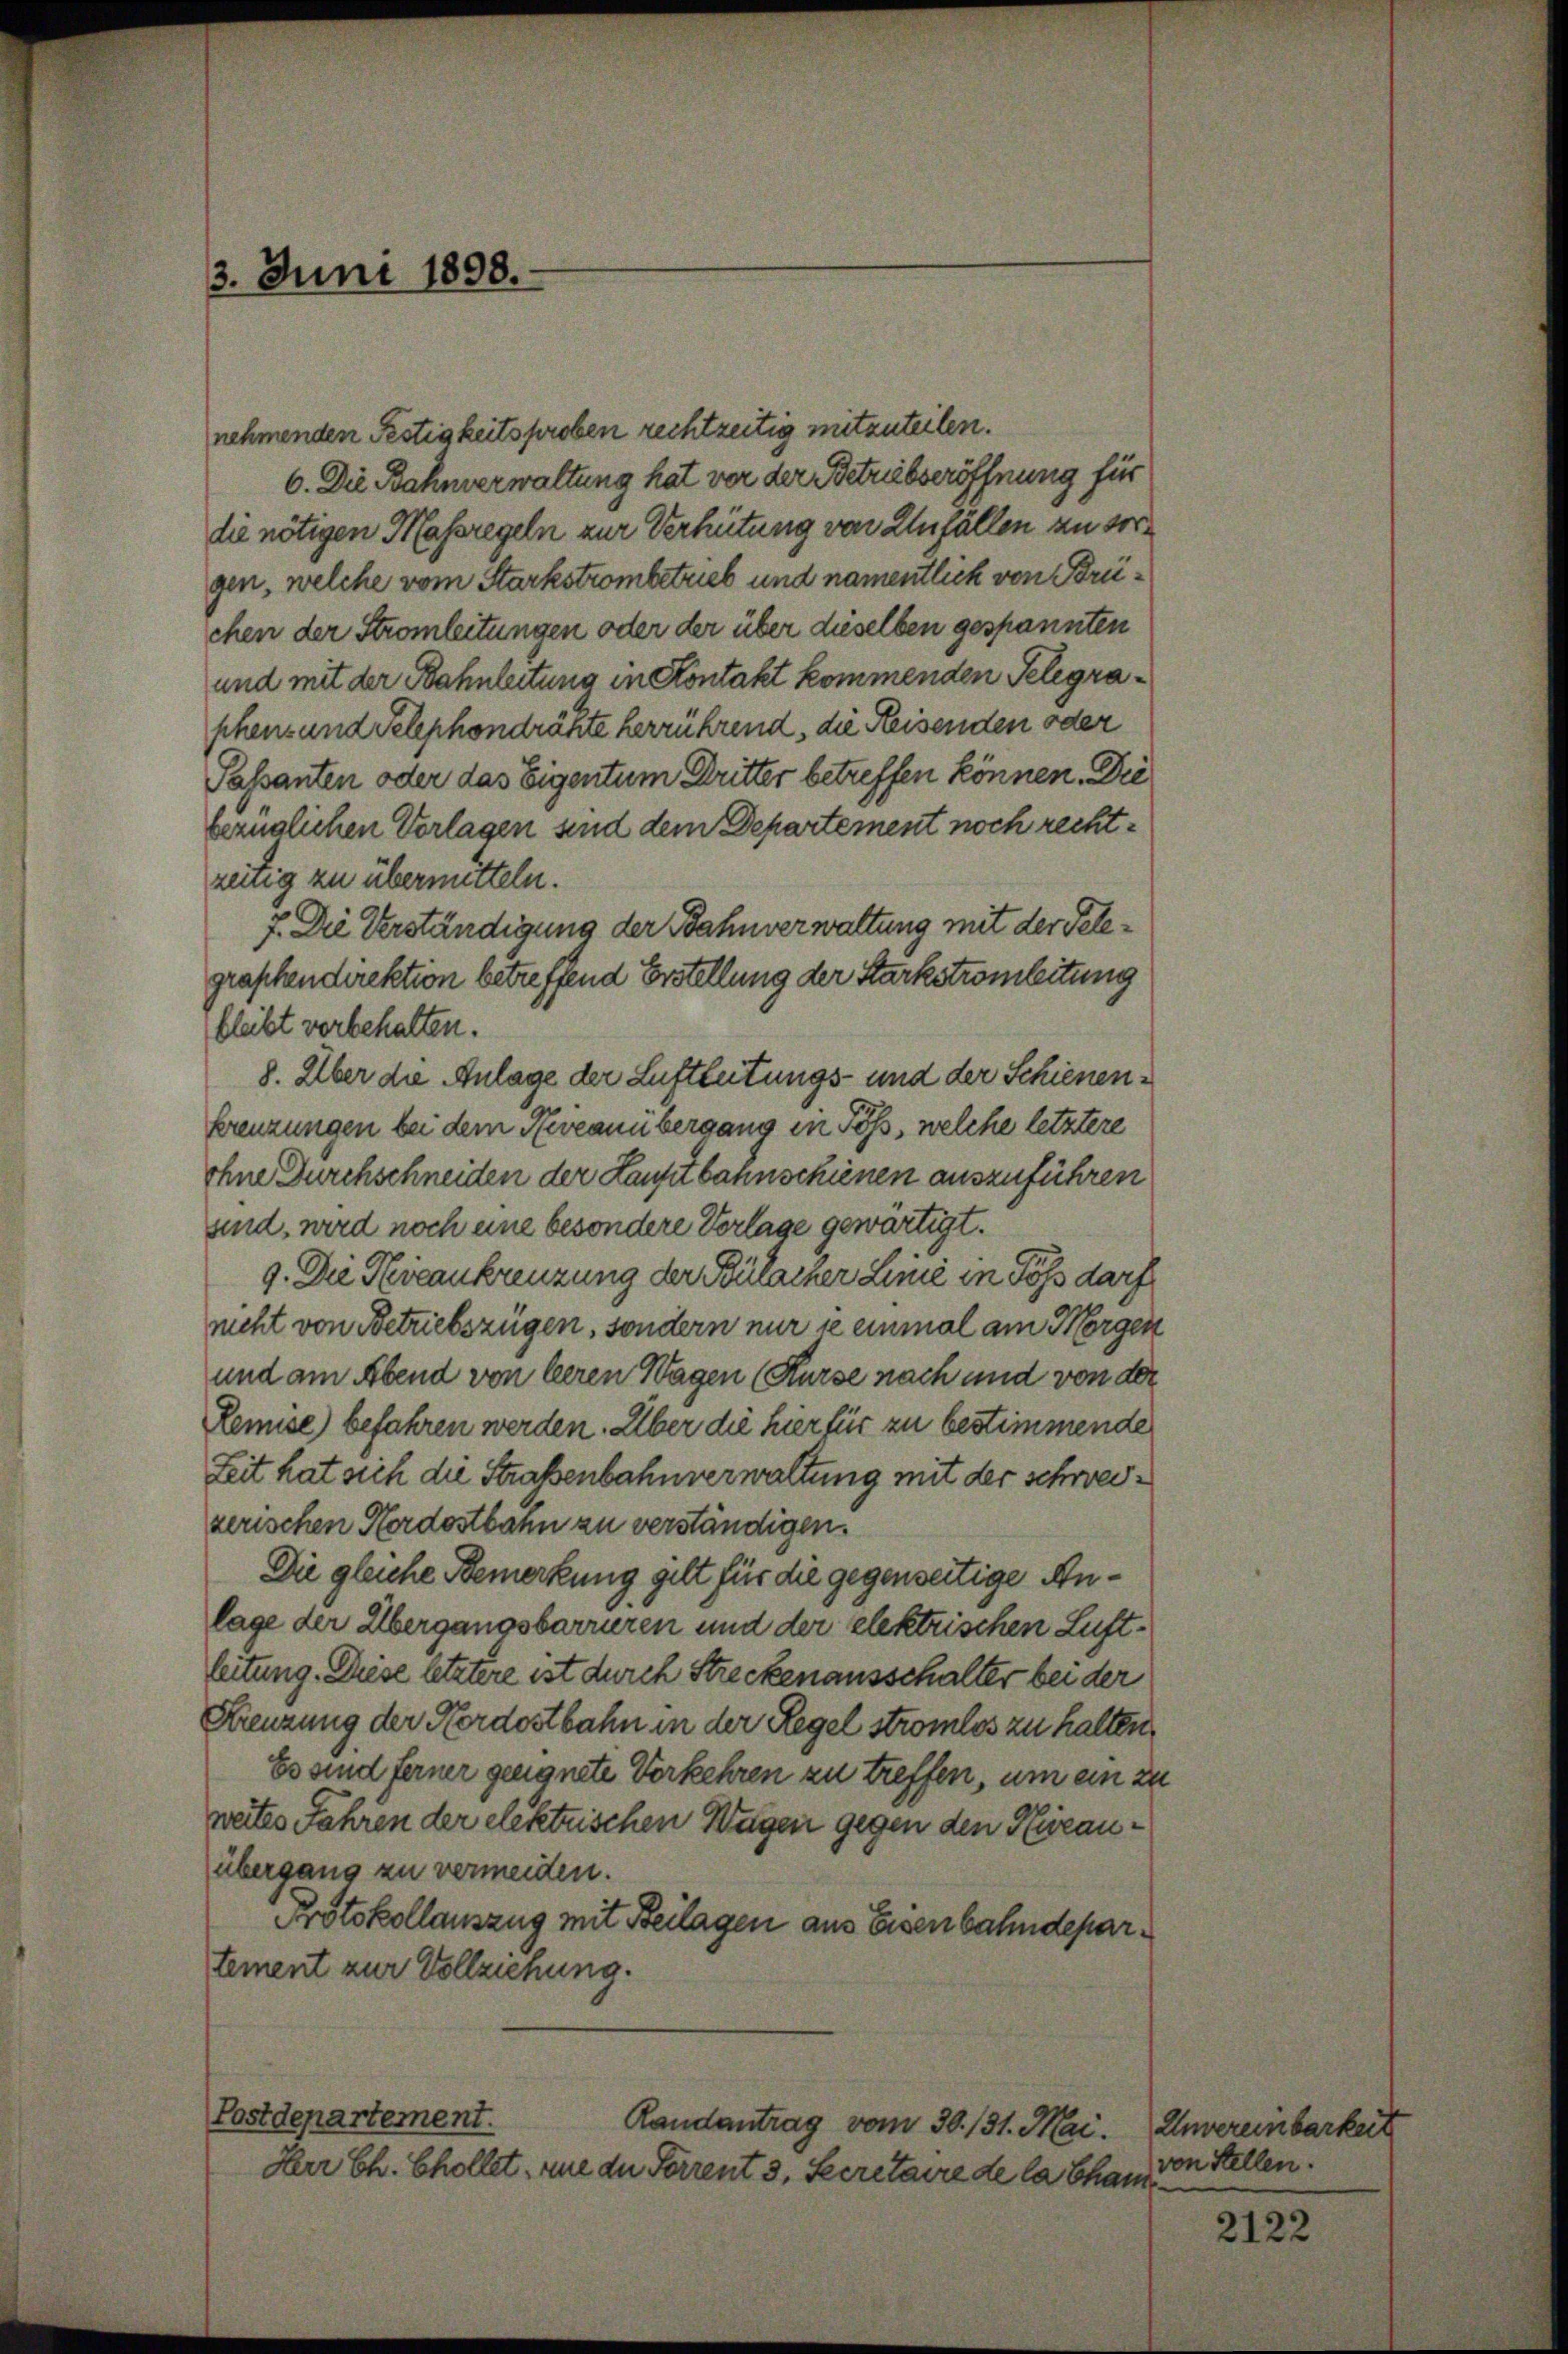
3. Juni 1898.

nehmenden Festigkeitsproben rechtzeitig mitzuteilen.
6. Die Bahnverwaltung hat vor der Betriebseröffnung für
die nötigen Massregeln zur Verhütung von Unfällen zu sorgen, welche vom Starkstrombetrieb und namentlich von Brüchen der Stromleitungen oder der über dieselben gespannten
und mit der Bahnleitung in Kontakt kommenden Telegraphen- und Telephondrähte herrührend, die Reisenden oder
Passanten oder das Eigentum Dritter betreffen können. Die
bezüglichen Vorlagen sind dem Departement noch rechtzeitig zu übermitteln.
7. Die Verständigung der Bahnverwaltung mit der Telegraphendirektion betreffend Erstellung der Starkstromleitung
bleibt vorbehalten.
8. Über die Anlage der Luftleitungs- und der Schienenkreuzungen bei dem Reveanübergang in Töß, welche letztere
ohne Durchschneiden der Hauptbannschienen auszuführen
sind, wird noch eine besondere Vorlage gewärtigt.
9. Die Ricankreuzung der Bülacher Linie in Töß darf
nicht von Betriebszügen, sondern nur ze einmal am Morgen
und am Abend von leeren Wagen (Kurse nach und von der
emise) befahren werden. Aber die hier für zu bestimmende
Zeit hat sich die Straßenbahnverwaltung mit der schweizerischen Nordostbahn zu verständigen.
Die gleiche Bemerkung gilt für die gegenseitige Anlage der Übergangsbarrieren und der elektrischen Luftleitung. Diese letztere ist durch Streckenausschalter bei der
Kreuzung der Nordostbahn in der Regel stromlos zu halten
Es sind ferner geeignete Verkehren zu treffen, um ein zu
weites Jahren der elektrischen Wagen gegen den Herauübergang zu vermeiden.
Protokollauszug mit Beilagen aus Eisenbahndepartement zur Vollziehung.
Postdepartement.
Randantrag vom 30. 131. Mai.
Herr Ch. Chollet, wie die Forrent 3. Secretaire de la Cham

Unvereinbarkeit
von Stellen.

2122